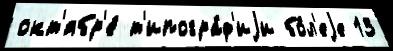
окт'ябр'е́ т'ипогра́ф'иjи бо́л'еjе 13